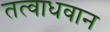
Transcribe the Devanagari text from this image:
तत्वाधवान